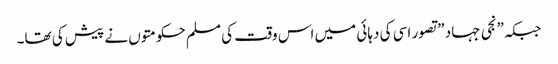
جبکہ\”نجی جہاد \”تصور اسی کی دہائی میں اس وقت کی مسلم حکومتوں نے پیش کی تھا۔